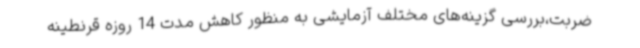
ضربت،بررسی گزینه‌های مختلف آزمایشی به منظور کاهش مدت 14 روزه قرنطینه